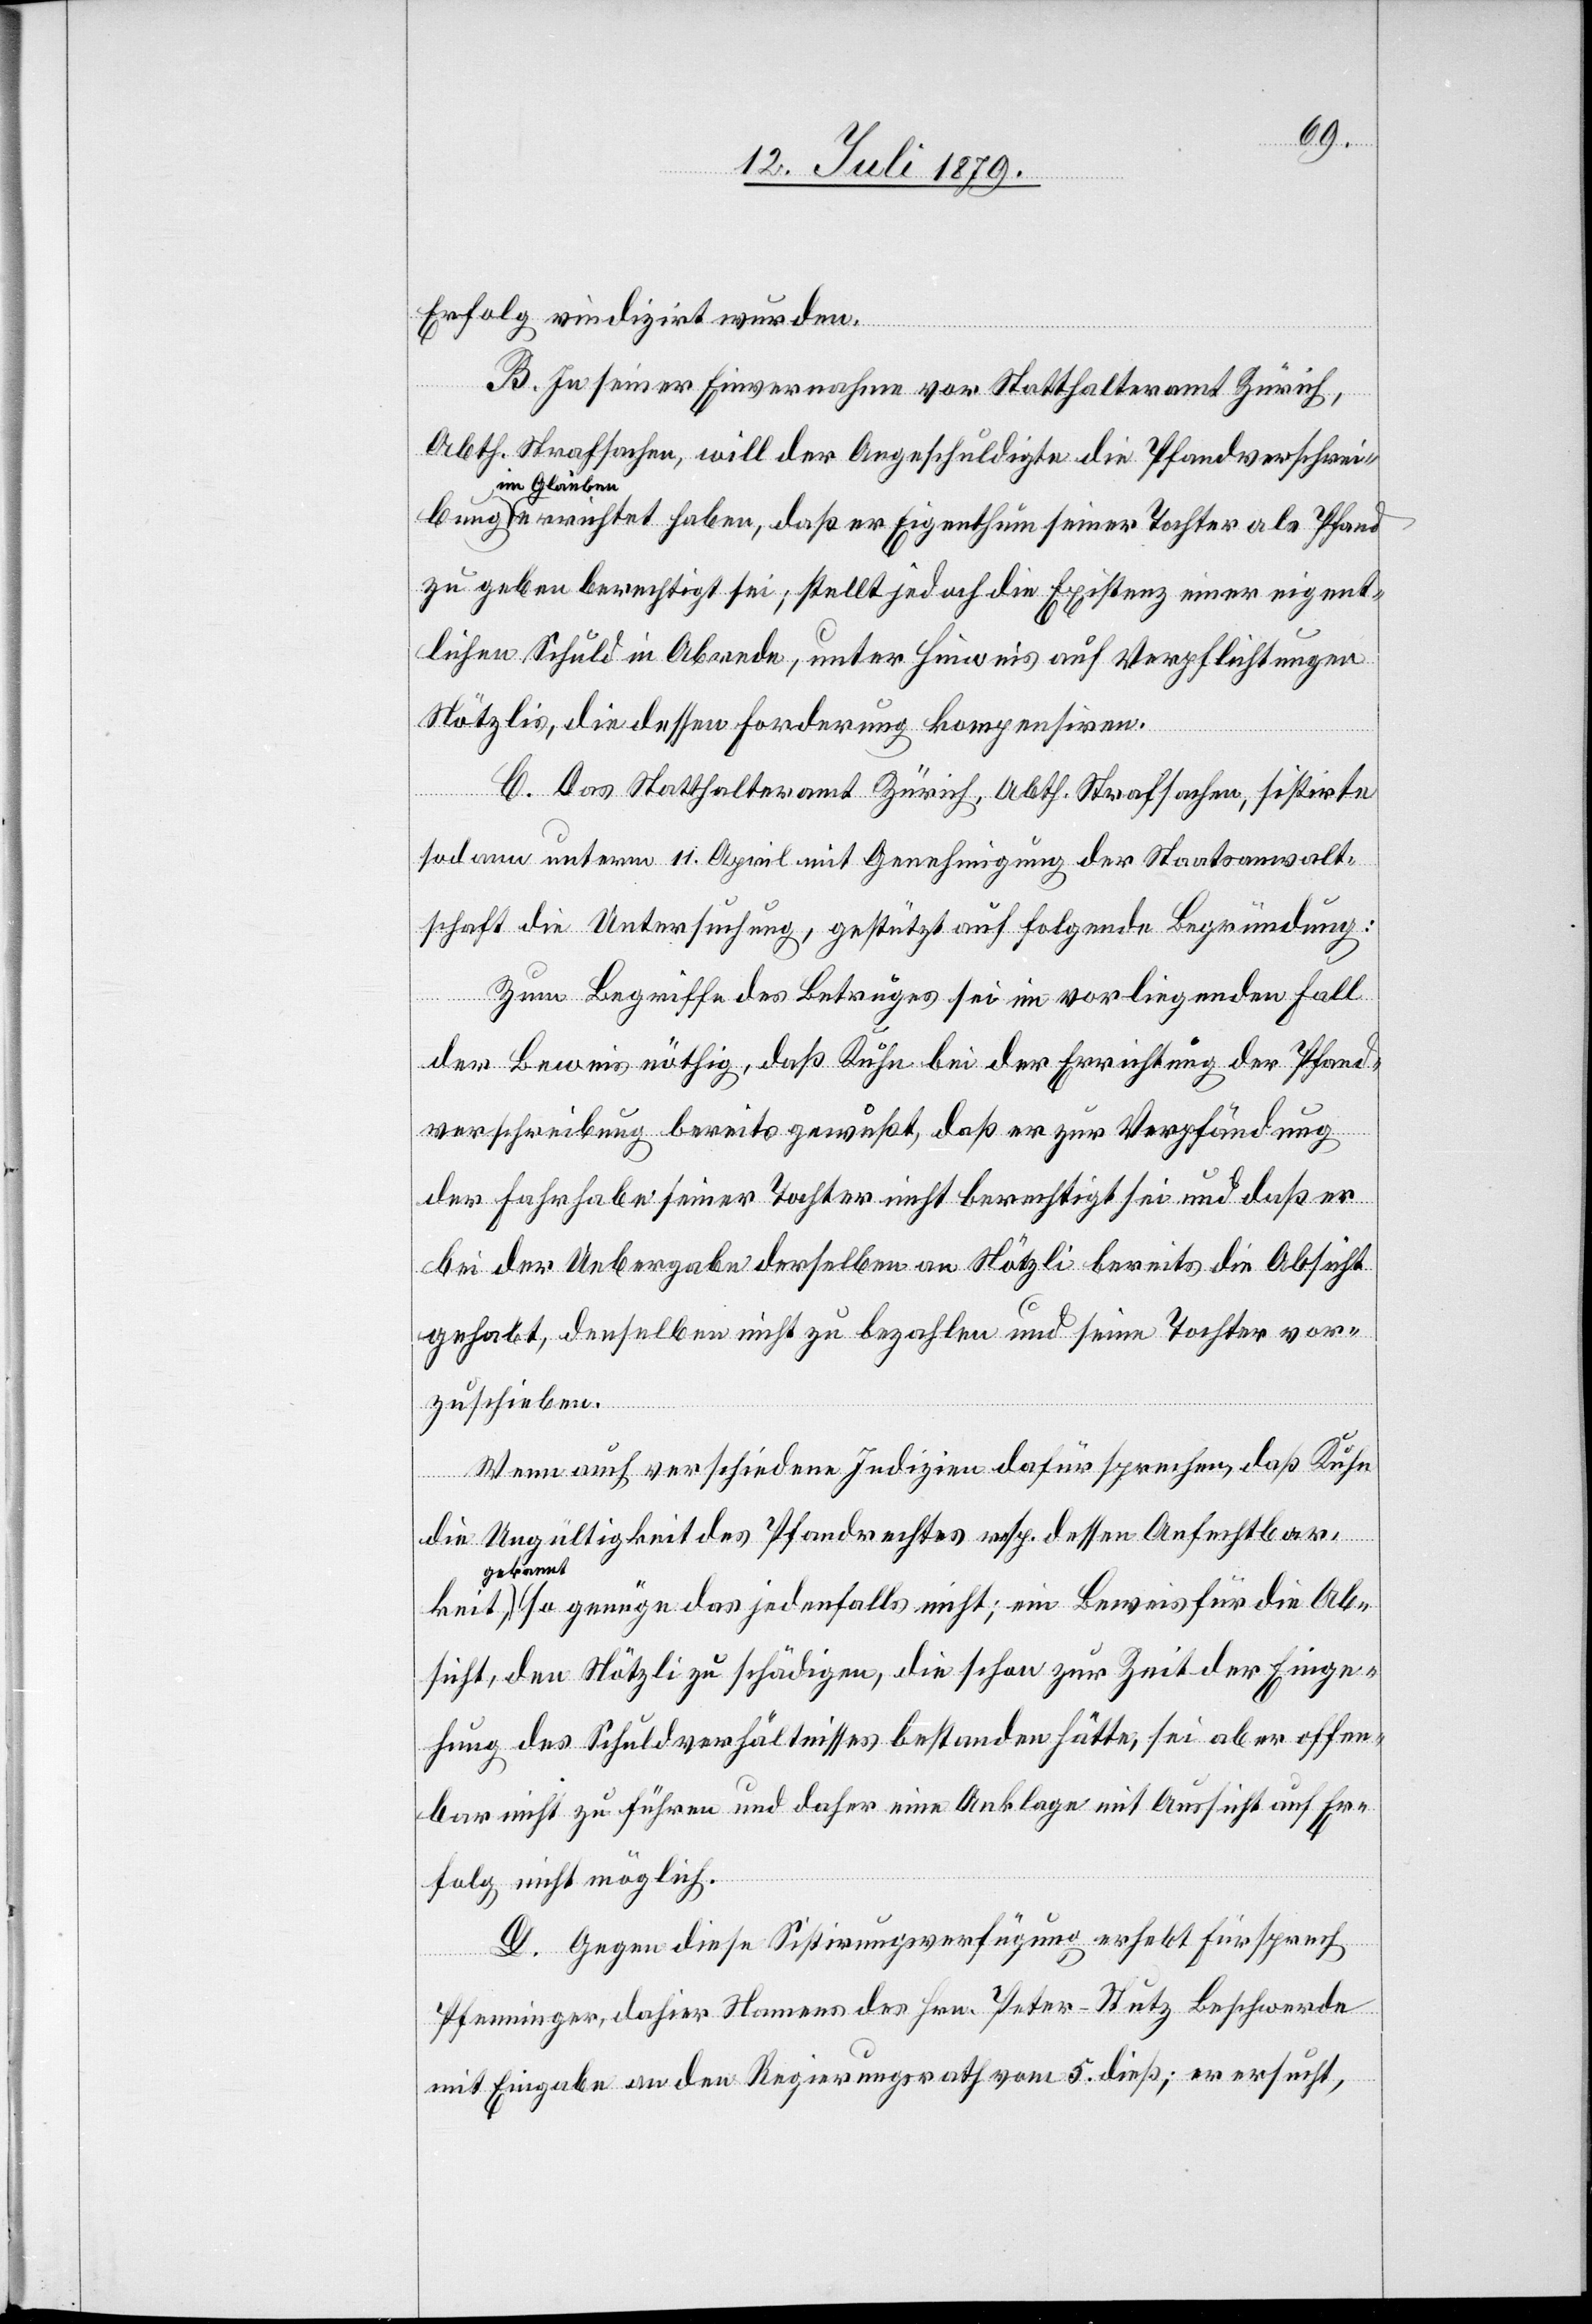
Erfolg vindizirt wurden.
B. In seiner Einvernahme vor Statthalteramt Zürich,
Abth. Strafsachen, will der Angeschuldigte die Pfandverschrei¬
im Glauben
errichtet haben, daß er Eigenthum seiner Tochter als Pfand
zu geben berechtigt sei; stellt jedoch die Existenz einer eigent¬
lichen Schuld in Abrede, unter Hinweis auf Verpflichtungen
Nötzlis, die dessen Forderung kompensiren.
C. Das Statthalteramt Zürich, Abth. Strafsachen, sistirte
sodann unterm 11. April mit Genehmigung der Staatsanwalt¬
schaft die Untersuchung, gestützt auf folgende Begründung:
Zum Begriffe des Betruges sei im vorliegenden Fall
der Beweis nöthig, daß Kuhn bei der Errichtung der Pfand¬
verschreibung bereits gewußt, daß er zur Verpfändung
der Fahrhabe seiner Tochter nicht berechtigt sei und daß er
bei der Uebergabe derselben an Nötzli bereits die Absicht
gehabt, denselben nicht zu bezahlen und seine Tochter vor¬
zuschieben.
Wenn auch verschiedene Indizien dafür sprechen, daß Kuh¬
ge¬
die Ungültigkeit des Pfandrechtes resp. dessen Anfechtbar¬
kannt, so genüge das jedenfalls nicht; ein Beweis für die Ab¬
sicht, den Nötzli zu schädigen, die schon zur Zeit der Einge¬
hung des Schuldverhältnisses bestanden hätte, sei aber offen¬
bar nicht zu führen und daher eine Anklage mit Aussicht auf Er¬
folg nicht möglich.
D. Gegen diese Sistirungsverfügung erhebt Fürsprech
Pfenninger, dahier Namens des Hrn. Peter-Stutz Beschwerde
mit Eingabe an den Regierungsrath vom 5. dieß; er ersucht,